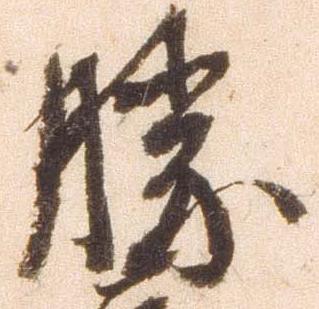
勝